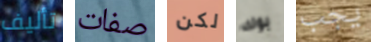
تأليف صفات لكن بوك يجب